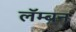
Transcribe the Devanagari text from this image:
लॅम्बन